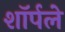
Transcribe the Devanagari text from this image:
शॉर्पले